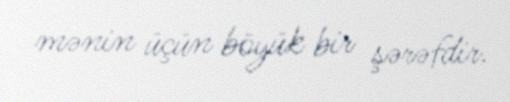
mənin üçün böyük bir şərəfdir.